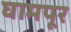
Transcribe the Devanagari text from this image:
घामपूर